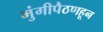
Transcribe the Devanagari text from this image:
मुंगीपैठणहून